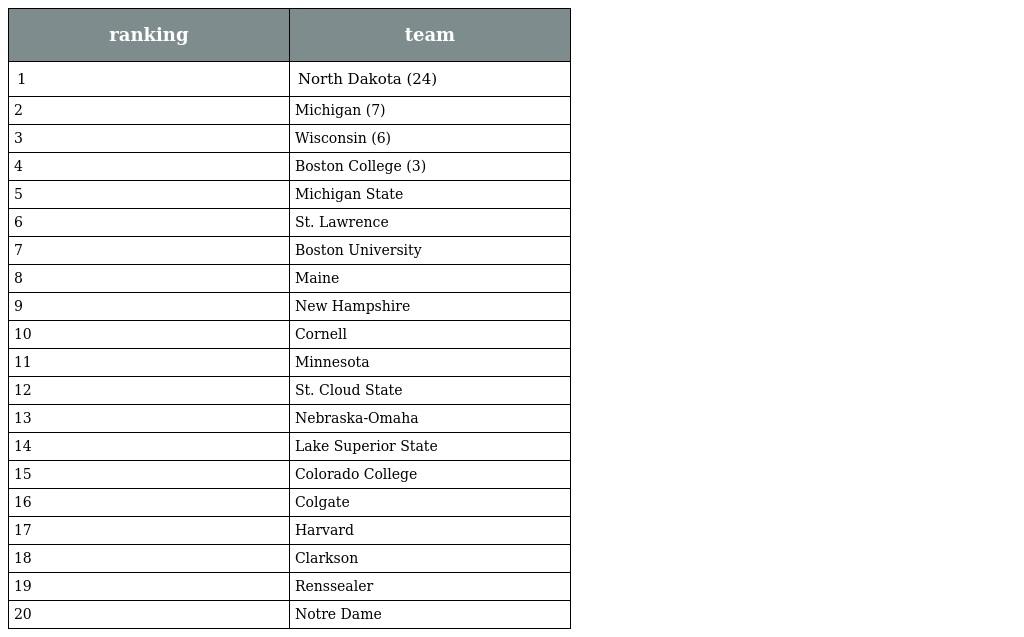
| ranking | team |
 | --- | --- |
 | 1 | North Dakota (24) |
 | 2 | Michigan (7) |
 | 3 | Wisconsin (6) |
 | 4 | Boston College (3) |
 | 5 | Michigan State |
 | 6 | St. Lawrence |
 | 7 | Boston University |
 | 8 | Maine |
 | 9 | New Hampshire |
 | 10 | Cornell |
 | 11 | Minnesota |
 | 12 | St. Cloud State |
 | 13 | Nebraska-Omaha |
 | 14 | Lake Superior State |
 | 15 | Colorado College |
 | 16 | Colgate |
 | 17 | Harvard |
 | 18 | Clarkson |
 | 19 | Renssealer |
 | 20 | Notre Dame |